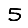
Digit: 5